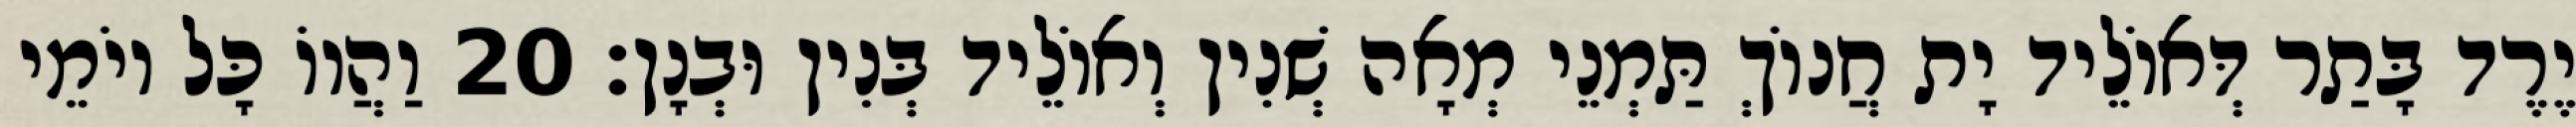
יֶרֶד בָּתַר דְּאוֹלֵיד יָת חֲנוֹךְ תַּמְנֵי מְאָה שְׁנִין וְאוֹלֵיד בְּנִין וּבְנָן׃ 20 וַהֲווֹ כָּל יוֹמֵי